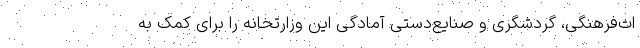
اث‌فرهنگی، گردشگری و صنایع‌دستی آمادگی این وزارتخانه را برای کمک به